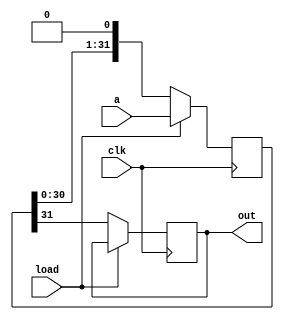
`timescale 1ns / 1ps
//////////////////////////////////////////////////////////////////////////////////
// Company: 
// Engineer: 
// 
// Design Name: 
// Module Name:    Shift_reg 
// Project Name: 
// Target Devices: 
// Tool versions: 
// Description: 
//
// Dependencies: 
//
// Revision: 
// Revision 0.01 - File Created
// Additional Comments: 
//
// assignment no.: 5
// problem no.: 4
// semester : 5th semester
// group no.: 64
// names of group members: 1. Jatoth Charan Sai, 2. Tirupathi Suguna Bhaskar.
//
//////////////////////////////////////////////////////////////////////////////////
module Shift_reg(
	input [31:0] a,
	input clk,
	input load,
	output reg out
    );
	 reg [31:0] W; 	// to store the input value to left shift for every clock edge 
	 always@(posedge clk)
	 begin
			if(load) 		// to load initially value of a in W.
				W <= a;
			else
				begin
					out <= W[31];				// output = MSB of W
					W <= {W[30:0],1'b0}; 	// left shiting the register
				end
	 end
	 


endmodule